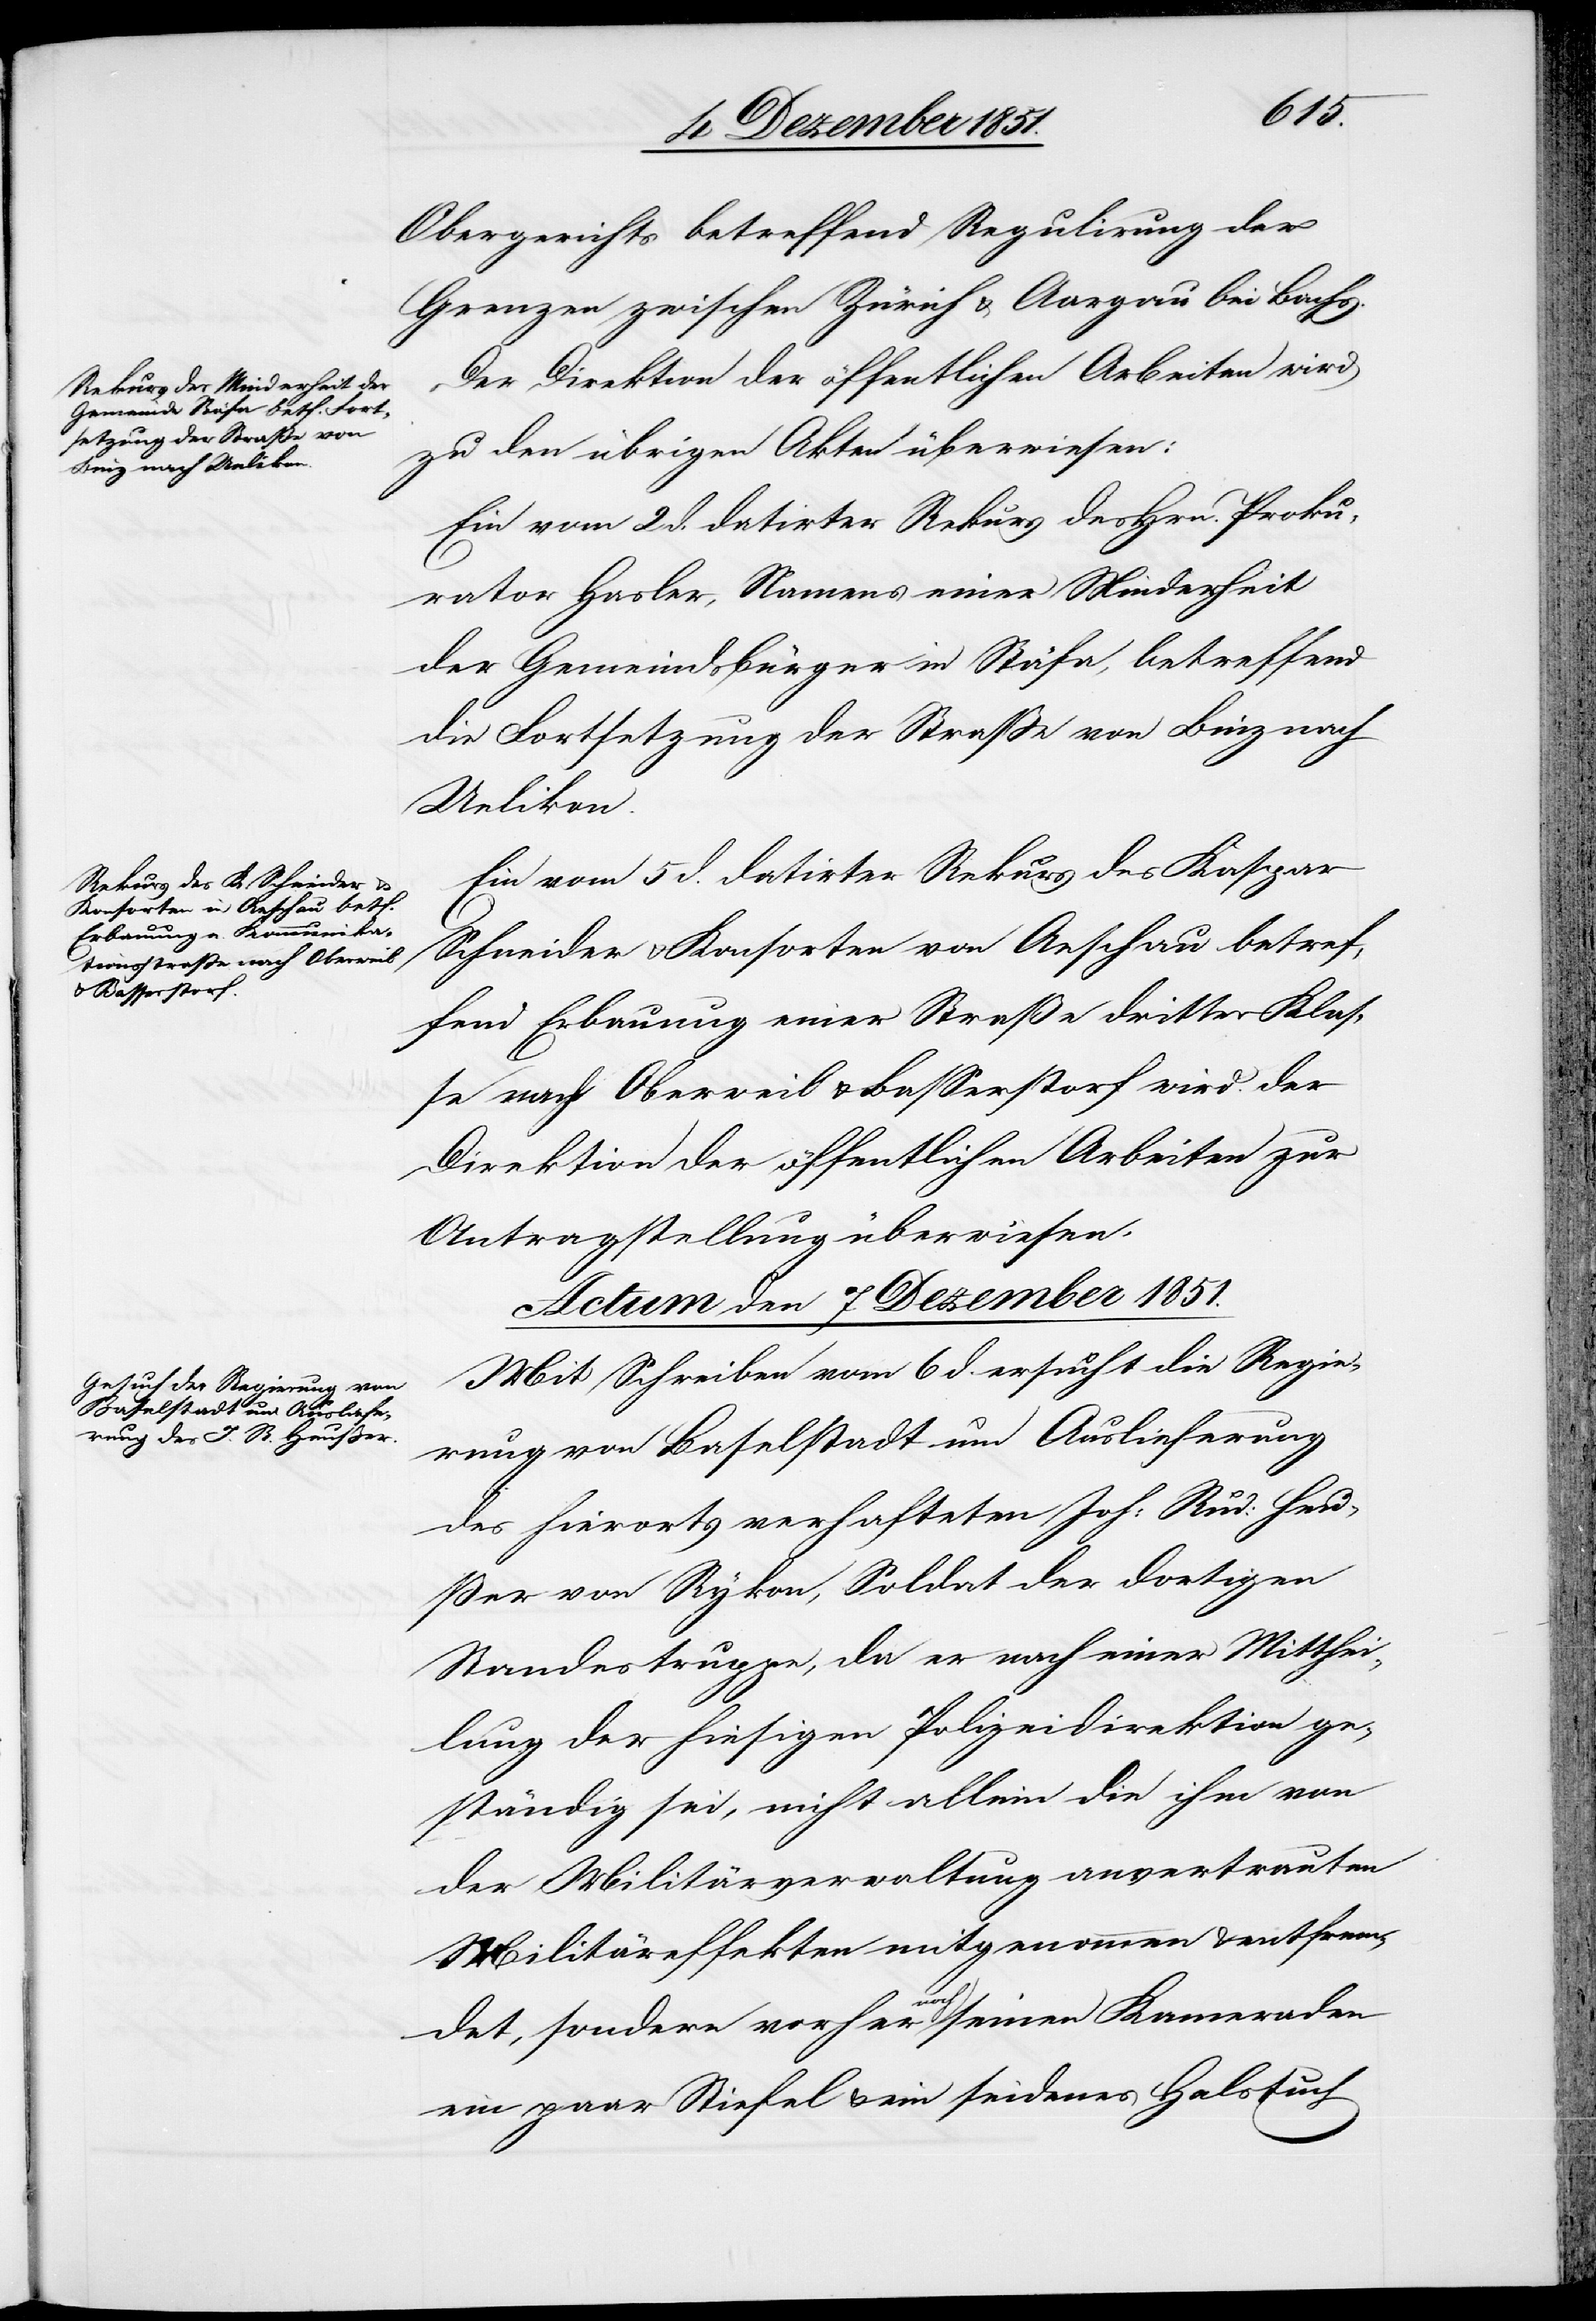
Obergerichts betreffend Regulirung der
Grenzen zwischen Zürich & Aargau bei Bachs.
Der Direktion der öffentlichen Arbeiten wird
zu den übrigen Akten überwiesen:
Ein vom 2 d. datirter Rekurs des Hrn. Proku¬
rator Hasler, Namens einer Minderheit
der Gemeindsbürger in Stäfa, betreffend
die Fortsetzung der Straße von Binz nach
Uelikon.
Ein vom 5 d. datirter Rekurs des Kaspar
Schneider & Konsorten von Aeschau betref¬
fend Erbauung einer Straße dritter Klas¬
se nach Oberweil & Basserstorf wird der
Direktion der öffentlichen Arbeiten zur
Antragstellung überwiesen.
Actum den 7. Dezember 1851.
Mit Schreiben vom 6 d. ersucht die Regie¬
rung von Baselstadt um Auslieferung
des hierorts verhafteten Joh: Rud: Heu¬
ßer von Rykon, Soldat der dortigen
Standestruppe, da er nach einer Mitthei¬
lung der hiesigen Polizeidirektion ge¬
ständig sei, nicht allein die ihm von
der Militärverwaltung anvertrauten
Militäreffekten mitgenommen & entfrem¬
det, sondern vorher noch seinen Kameraden
ein paar Stiefel & ein seidenes Halstuch